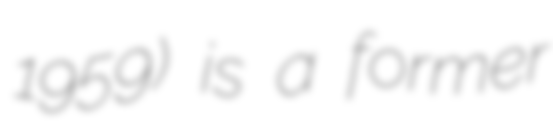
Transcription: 1959) is a former